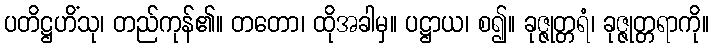
ပတိဋ္ဌဟိံသု၊ တည်ကုန်၏။ တတော၊ ထိုအခါမှ။ ပဋ္ဌာယ၊ စ၍။ ခုဇ္ဇုတ္တရံ၊ ခုဇ္ဇုတ္တရာကို။